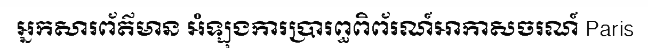
អ្នកសារព័ត៌មាន អំឡុងការប្រារព្ធពិព័រណ៍អាកាសចរណ៍ Paris